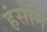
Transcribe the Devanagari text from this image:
हंसनि